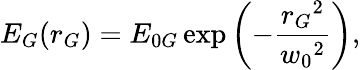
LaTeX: E_{G}(r_{G})=E_{0G}\exp\left(-\frac{r_{G}{}^{2}}{w_{0}{}^{2}}\right),